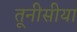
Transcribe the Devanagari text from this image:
तूनीसीया